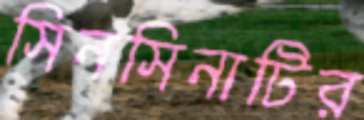
সিনসিনাটির